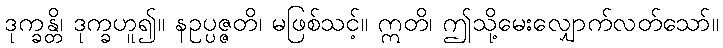
ဒုက္ခန္တိ၊ ဒုက္ခဟူ၍။ နဥပ္ပဇ္ဇတိ၊ မဖြစ်သင့်။ ဣတိ၊ ဤသို့မေးလျှောက်လတ်သော်။